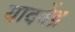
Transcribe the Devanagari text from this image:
यादवेंद्र